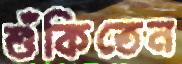
শুঁকিতেন